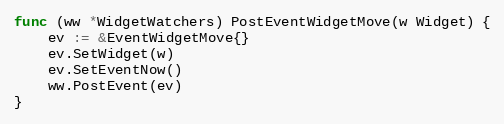
Language: Go
func (ww *WidgetWatchers) PostEventWidgetMove(w Widget) {
	ev := &EventWidgetMove{}
	ev.SetWidget(w)
	ev.SetEventNow()
	ww.PostEvent(ev)
}